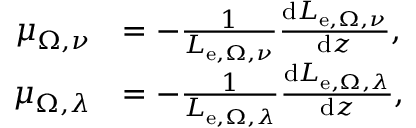
{ \begin{array} { r l } { \mu _ { \Omega , \nu } } & { = - { \frac { 1 } { L _ { \mathrm { e } , \Omega , \nu } } } { \frac { \mathrm { d } L _ { \mathrm { e } , \Omega , \nu } } { \mathrm { d } z } } , } \\ { \mu _ { \Omega , \lambda } } & { = - { \frac { 1 } { L _ { \mathrm { e } , \Omega , \lambda } } } { \frac { \mathrm { d } L _ { \mathrm { e } , \Omega , \lambda } } { \mathrm { d } z } } , } \end{array} }